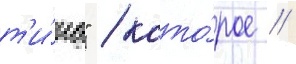
т'и́ка" / кото́рое /